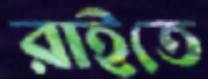
রাইতে